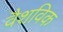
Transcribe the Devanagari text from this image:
वैशविक